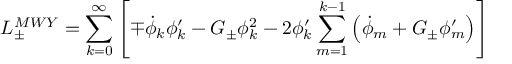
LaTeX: { \cal L } _ { \pm } ^ { M W Y } = \sum _ { k = 0 } ^ { \infty } \left[ \mp \dot { \phi } _ { k } \phi _ { k } ^ { \prime } - { \cal G _ { \pm } } \phi _ { k } ^ { 2 } - 2 \phi _ { k } ^ { \prime } \sum _ { m = 1 } ^ { k - 1 } \left( \dot { \phi } _ { m } + { \cal G _ { \pm } } \phi _ { m } ^ { \prime } \right) \right]